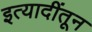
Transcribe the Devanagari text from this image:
इत्यादींतून